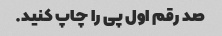
صد رقم اول پی را چاپ کنید.